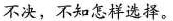
不决，不知怎样选择。